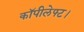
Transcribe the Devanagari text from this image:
कॉपीलेफ्ट।